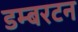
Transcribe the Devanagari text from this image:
डम्बरटन